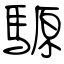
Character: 騵